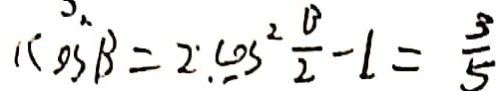
\therefore \cos \beta ^ { 2 } = 2 : \cos ^ { 2 } \frac { \beta } { 2 } - 1 = \frac { 3 } { 5 }